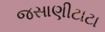
જસાણીટાટા